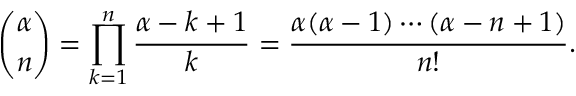
{ \binom { \alpha } { n } } = \prod _ { k = 1 } ^ { n } { \frac { \alpha - k + 1 } { k } } = { \frac { \alpha ( \alpha - 1 ) \cdots ( \alpha - n + 1 ) } { n ! } } .